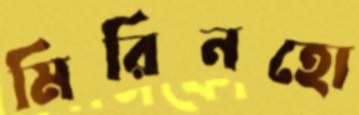
মিরিনহো